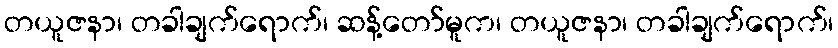
တယူဇနာ၊ တခါချက်ရောက်၊ ဆန့်တော်မူက၊ တယူဇနာ၊ တခါချက်ရောက်၊